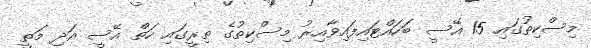
މިސްކިތުގައި 15 އޭސީ ބަހައްޓައިފައިވާއިރު މިސްކިތުގެ ތިރީގައި ހަތް އޭސީ އަދި މަތީ